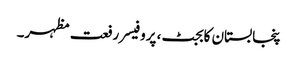
پنجابستان کابجٹ، پروفیسر رفعت مظہر۔